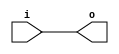
module bsg_clkbuf #(parameter width_p=1
		    , parameter strength_p=8
                    , parameter harden_p=1
                    )
   (input    [width_p-1:0] i
    , output [width_p-1:0] o
    );
   
   assign o = i;

endmodule